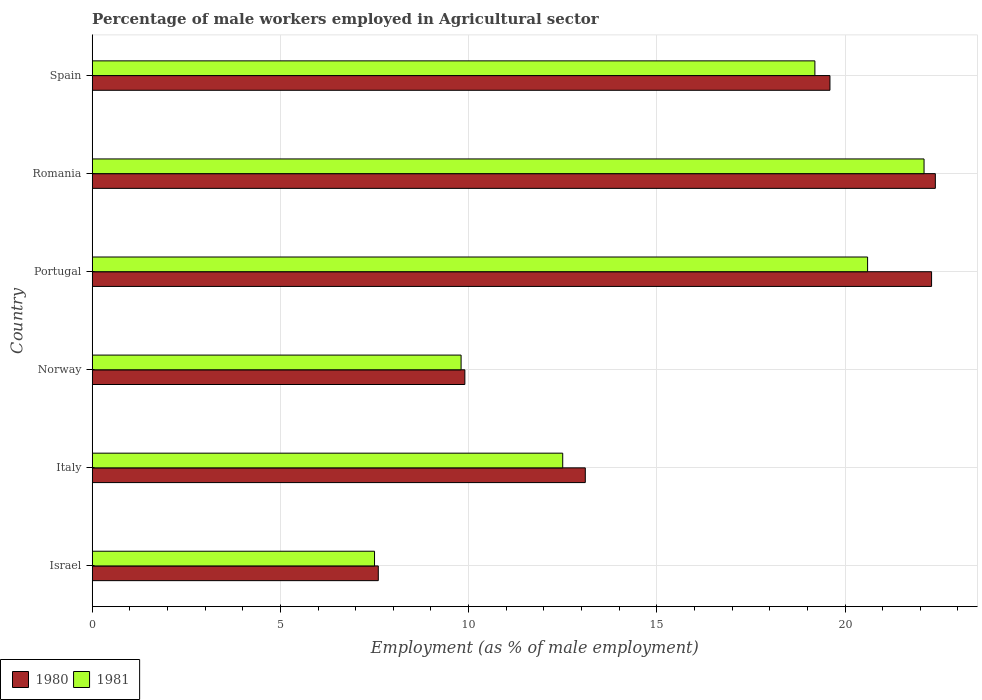
| Country | 1980 | 1981 |
 | --- | --- | --- |
 | Israel | 7.6 | 7.5 |
 | Italy | 13.1 | 12.5 |
 | Norway | 9.9 | 9.8 |
 | Portugal | 22.3 | 20.6 |
 | Romania | 22.4 | 22.1 |
 | Spain | 19.6 | 19.2 |